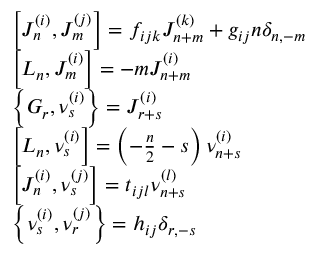
\begin{array} { l } { { \left[ J _ { n } ^ { \left( i \right) } , J _ { m } ^ { \left( j \right) } \right] = f _ { i j k } J _ { n + m } ^ { \left( k \right) } + g _ { i j } n \delta _ { n , - m } } } \\ { { \left[ L _ { n } , J _ { m } ^ { \left( i \right) } \right] = - m J _ { n + m } ^ { \left( i \right) } } } \\ { { \left\{ G _ { r } , \nu _ { s } ^ { \left( i \right) } \right\} = J _ { r + s } ^ { \left( i \right) } } } \\ { { \left[ L _ { n } , \nu _ { s } ^ { \left( i \right) } \right] = \left( - \frac n 2 - s \right) \nu _ { n + s } ^ { \left( i \right) } } } \\ { { \left[ J _ { n } ^ { \left( i \right) } , \nu _ { s } ^ { \left( j \right) } \right] = t _ { i j l } \nu _ { n + s } ^ { \left( l \right) } } } \\ { { \left\{ \nu _ { s } ^ { \left( i \right) } , \nu _ { r } ^ { \left( j \right) } \right\} = h _ { i j } \delta _ { r , - s } } } \end{array}